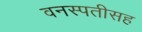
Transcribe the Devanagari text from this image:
वनस्पतीसह